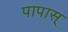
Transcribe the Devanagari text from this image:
पापास्